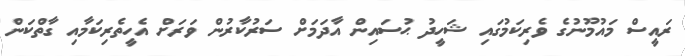
ރައީސް މައުމޫނުގެ ވެރިކަމުގައި ޝަހީދު ޙުސައިން އާދަމަށް ސަރުކާރުން ވަރަށް އެހީތެރިކަމާއި ގާތްކަން